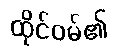
ထိုင်ဝမ်၏